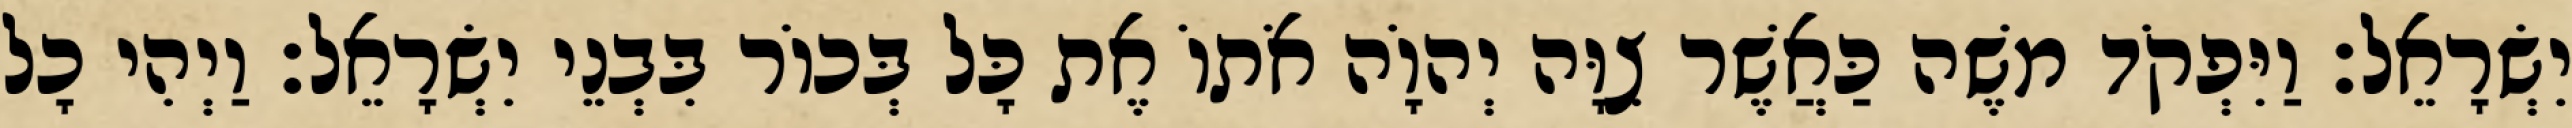
יִשְׂרָאֵל׃ וַיִּפְקֹד משֶׁה כַּאֲשֶׁר צִוָּה יְהוָֹה אֹתוֹ אֶת כָּל בְּכוֹר בִּבְנֵי יִשְׂרָאֵל׃ וַיְהִי כָל